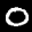
Label: 0